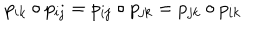
p _ { i k } \circ p _ { i j } = p _ { i j } \circ p _ { j k } = p _ { j k } \circ p _ { i k }